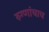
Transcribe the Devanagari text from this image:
रुग्णांचाच